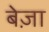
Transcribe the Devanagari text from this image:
बेज़ा